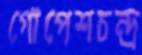
গোপেশচন্দ্র